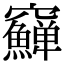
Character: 𥩎